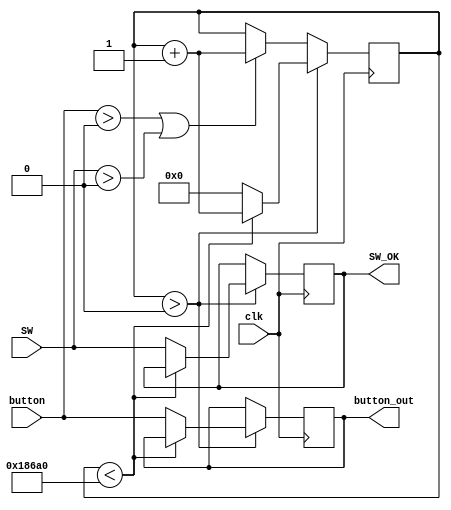
module BTN_Anti_jitter(
                        clk, 
                        button,
                        SW, 
                        button_out,
                        SW_OK
                        );
    input  wire         clk;
    input  wire [ 3: 0] button;
    input  wire [ 7: 0] SW;
    output reg  [ 3: 0] button_out = 0;
	output reg  [ 7: 0] SW_OK      = 0;
    reg         [31: 0] counter    = 0;

    always @(posedge clk) begin
       if ( counter > 0 ) begin
            if ( counter < 100000 )
                counter <= counter+1;
            else 
				begin 
				    counter     <= 32'b0;
                    button_out  <= button; 
					SW_OK       <= SW; 
				end
        end else begin
            if ( button > 0 || SW > 0 )
                counter <= counter + 1;
        end     
    end
endmodule